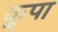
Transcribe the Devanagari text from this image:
कॣपा